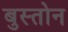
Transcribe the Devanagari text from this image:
बुस्तोन